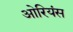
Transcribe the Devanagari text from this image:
ओरियंस